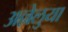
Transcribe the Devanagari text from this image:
अल्लेलुया